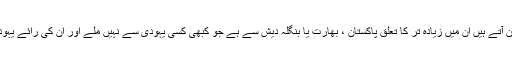
آئرا وائز ایک مقامی یہودی ہیں ان کے مطابق اس مسجد میں جو مسلمان آتے ہیں ان میں زیادہ تر کا تعلق پاکستان ، بھارت یا بنگلہ دیش سے ہے جو کبھی کسی یہودی سے نہیں ملے اور ان کی رائے یہودیت کے بارے میں مکمل طور پر سنی سنائی باتوں پر مبنی ہوتی ہے۔